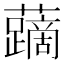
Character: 𧃐